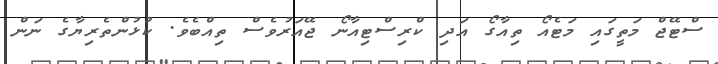
ސްޓޭޖް މަތީގައި މަޓެއޯ ތިއާގޯ އަދި ކްރިސްޓިއާނޯ ޖޭއަރުވެސް ތިއްބެވެ. ކުޅުންތެރިޔާގެ ނަން